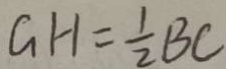
G H = \frac { 1 } { 2 } B C